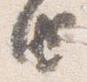
由